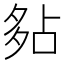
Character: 𡖞